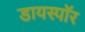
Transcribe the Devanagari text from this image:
डायस्पॉर